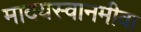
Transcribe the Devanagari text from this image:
मादयस्वानमीवा